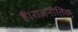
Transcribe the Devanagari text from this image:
हैं।राजनीतिक